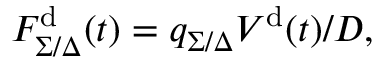
F _ { \Sigma / \Delta } ^ { \mathrm { d } } ( t ) = q _ { \Sigma / \Delta } V ^ { \mathrm { d } } ( t ) / D ,